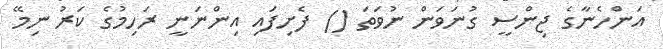
އަންހެނާގެ ޖިންސީ ގުނަވަން ނުވަތަ () ފެށިފައި އިންނަނީ ރަހިމުގެ ކަރު ނިމޭ